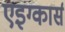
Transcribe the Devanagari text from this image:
एइग्कार्स